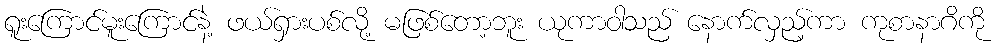
ရူးကြောင်မူးကြောင်နဲ့ ဖယ်ရှားပစ်လို့ မဖြစ်တော့ဘူး ယုကာဝါသည် နောက်လှည့်ကာ ကုစာနာဂိကို